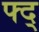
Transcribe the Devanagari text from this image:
फ्द्